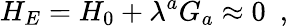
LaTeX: H_{E}=H_{0}+\lambda^{a}G_{a}\approx 0\, \, \, ,